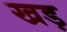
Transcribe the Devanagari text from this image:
खड़